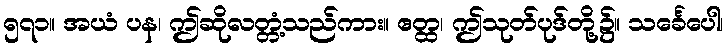
၅၇၁။ အယံ ပန၊ ဤဆိုလတ္တံ့သည်ကား။ ဧတ္ထ၊ ဤသုတ်ပုဒ်တို့၌။ သင်္ခေပေါ၊